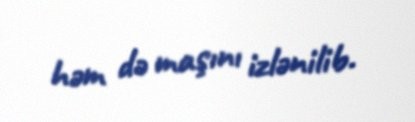
həm də maşını izlənilib.